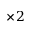
\times 2